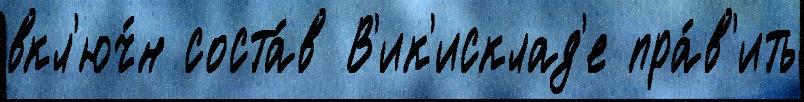
вкл'юч́н соста́в В'ик'исклад'е пра́в'ить